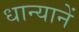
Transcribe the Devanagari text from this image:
धान्यानें